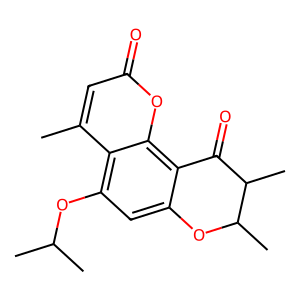
SMILES: Cc1cc(=O)oc2c3c(cc(OC(C)C)c12)OC(C)C(C)C3=O
Inhibits HIV replication: No